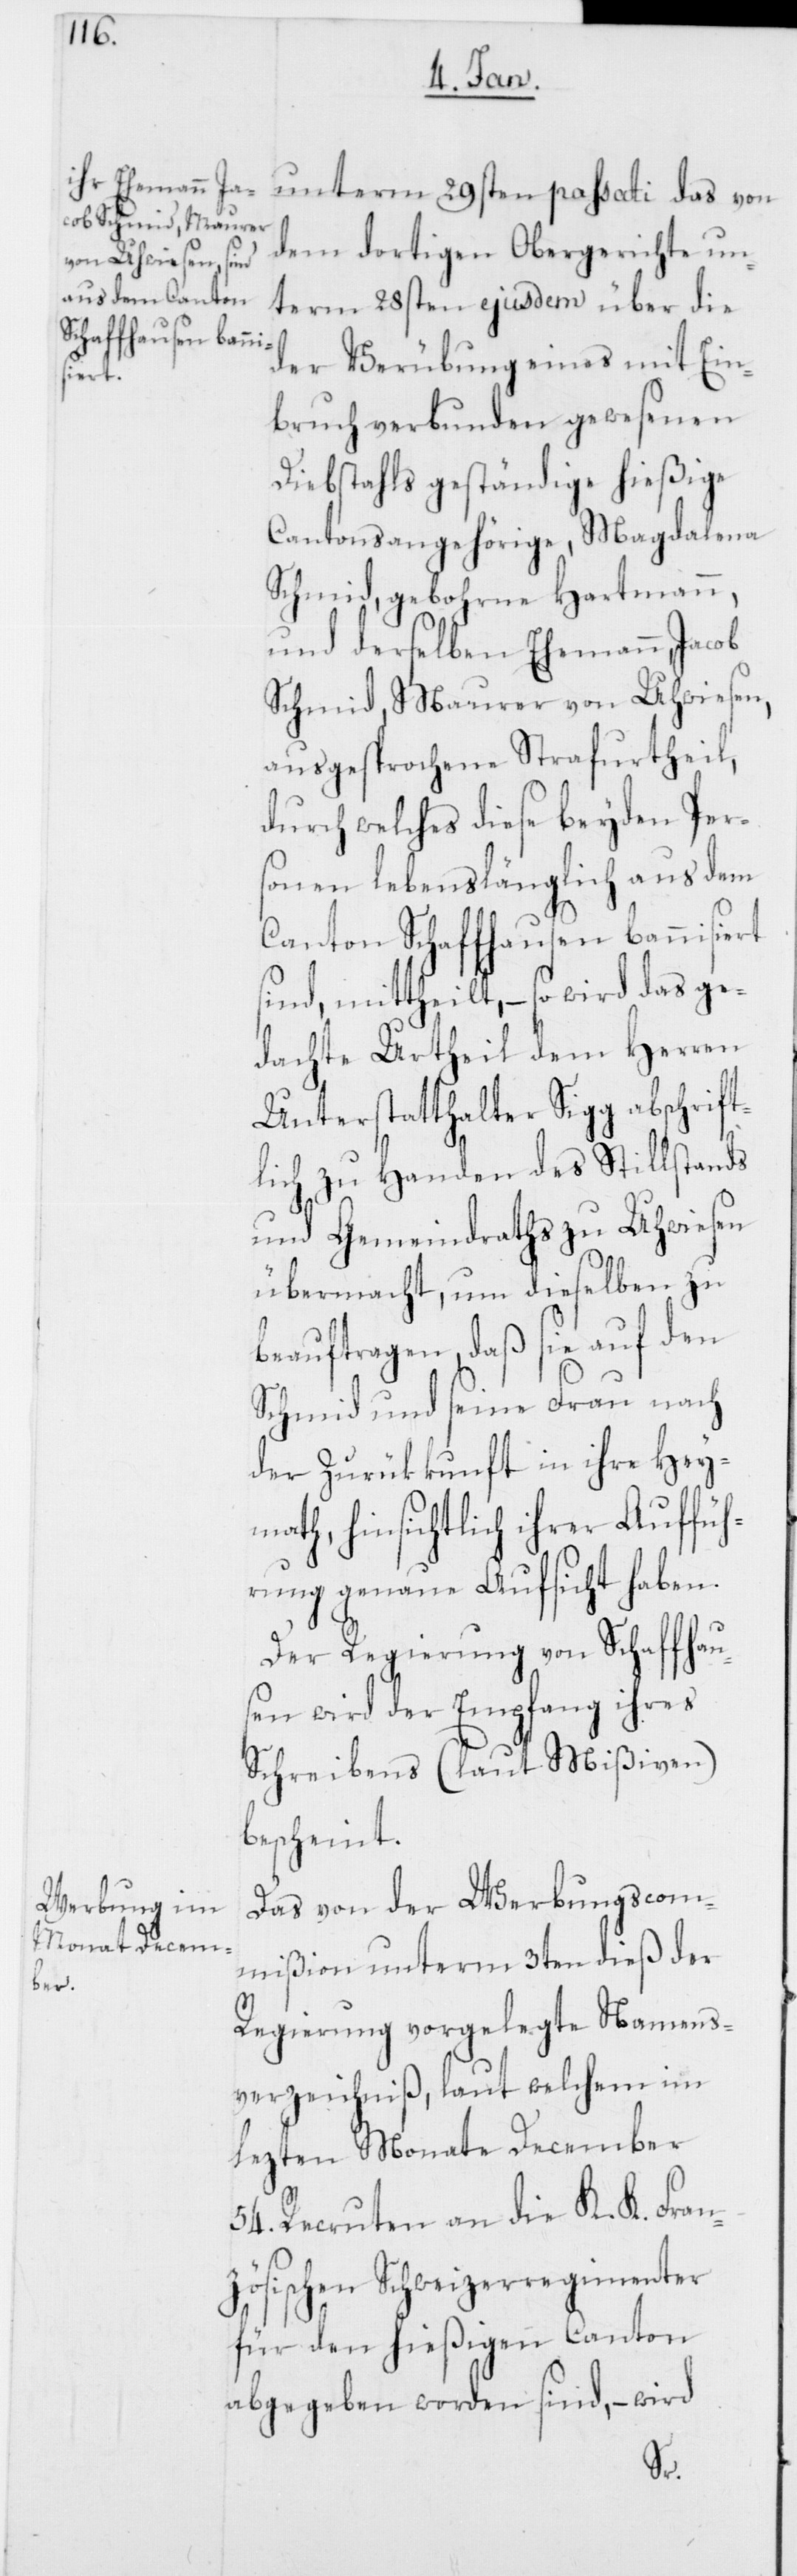
unterm 29sten passati das von
dem dortigen Obergerichte un¬
term 28sten ejusdem über die
der Verübung eines mit Ein¬
bruch verbunden gewesenen
Diebstahls geständige hießige
Cantonsangehörige, Magdalena
Schmid, gebohrne Hartmann,
und derselben Ehemann, Jacob
Schmid, Maurer von Uhwiesen,
ausgesprochene Strafurtheil,
durch welches diese beyden Per¬
sonen lebenslänglich aus dem
Canton Schaffhausen bannisiert
sind, mittheilt, – so wird das ge¬
dachte Urtheil dem Herren
Unterstatthalter Sigg abschrift¬
lich zu Handen des Stillstands
und Gemeindraths zu Uhwiesen
übermacht, um dieselben zu
beauftragen, daß sie auf den
Schmid und seine Frau nach
der Zurückkunft in ihre Hey¬
math, hinsichtlich ihrer Auffüh¬
rung genaue Aufsicht haben.
Der Regierung von Schaffhau¬
sen wird der Empfang ihres
Schreibens (laut Mißiven)
bescheint.
Das von der Werbungscom¬
mißion unterm 3ten dieß der
Regierung vorgelegte Namens¬
verzeichniß, laut welchem im
lezten Monate December
54. Recruten an die K. K. Fran¬
zösischen Schweizerregimenter
für den hießigen Canton
abgegeben worden sind, – wird